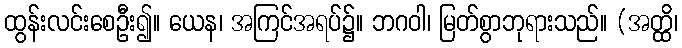
ထွန်းလင်းစေဦး၍။ ယေန၊ အကြင်အရပ်၌။ ဘဂဝါ၊ မြတ်စွာဘုရားသည်။ (အတ္ထိ၊